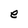
Character: e